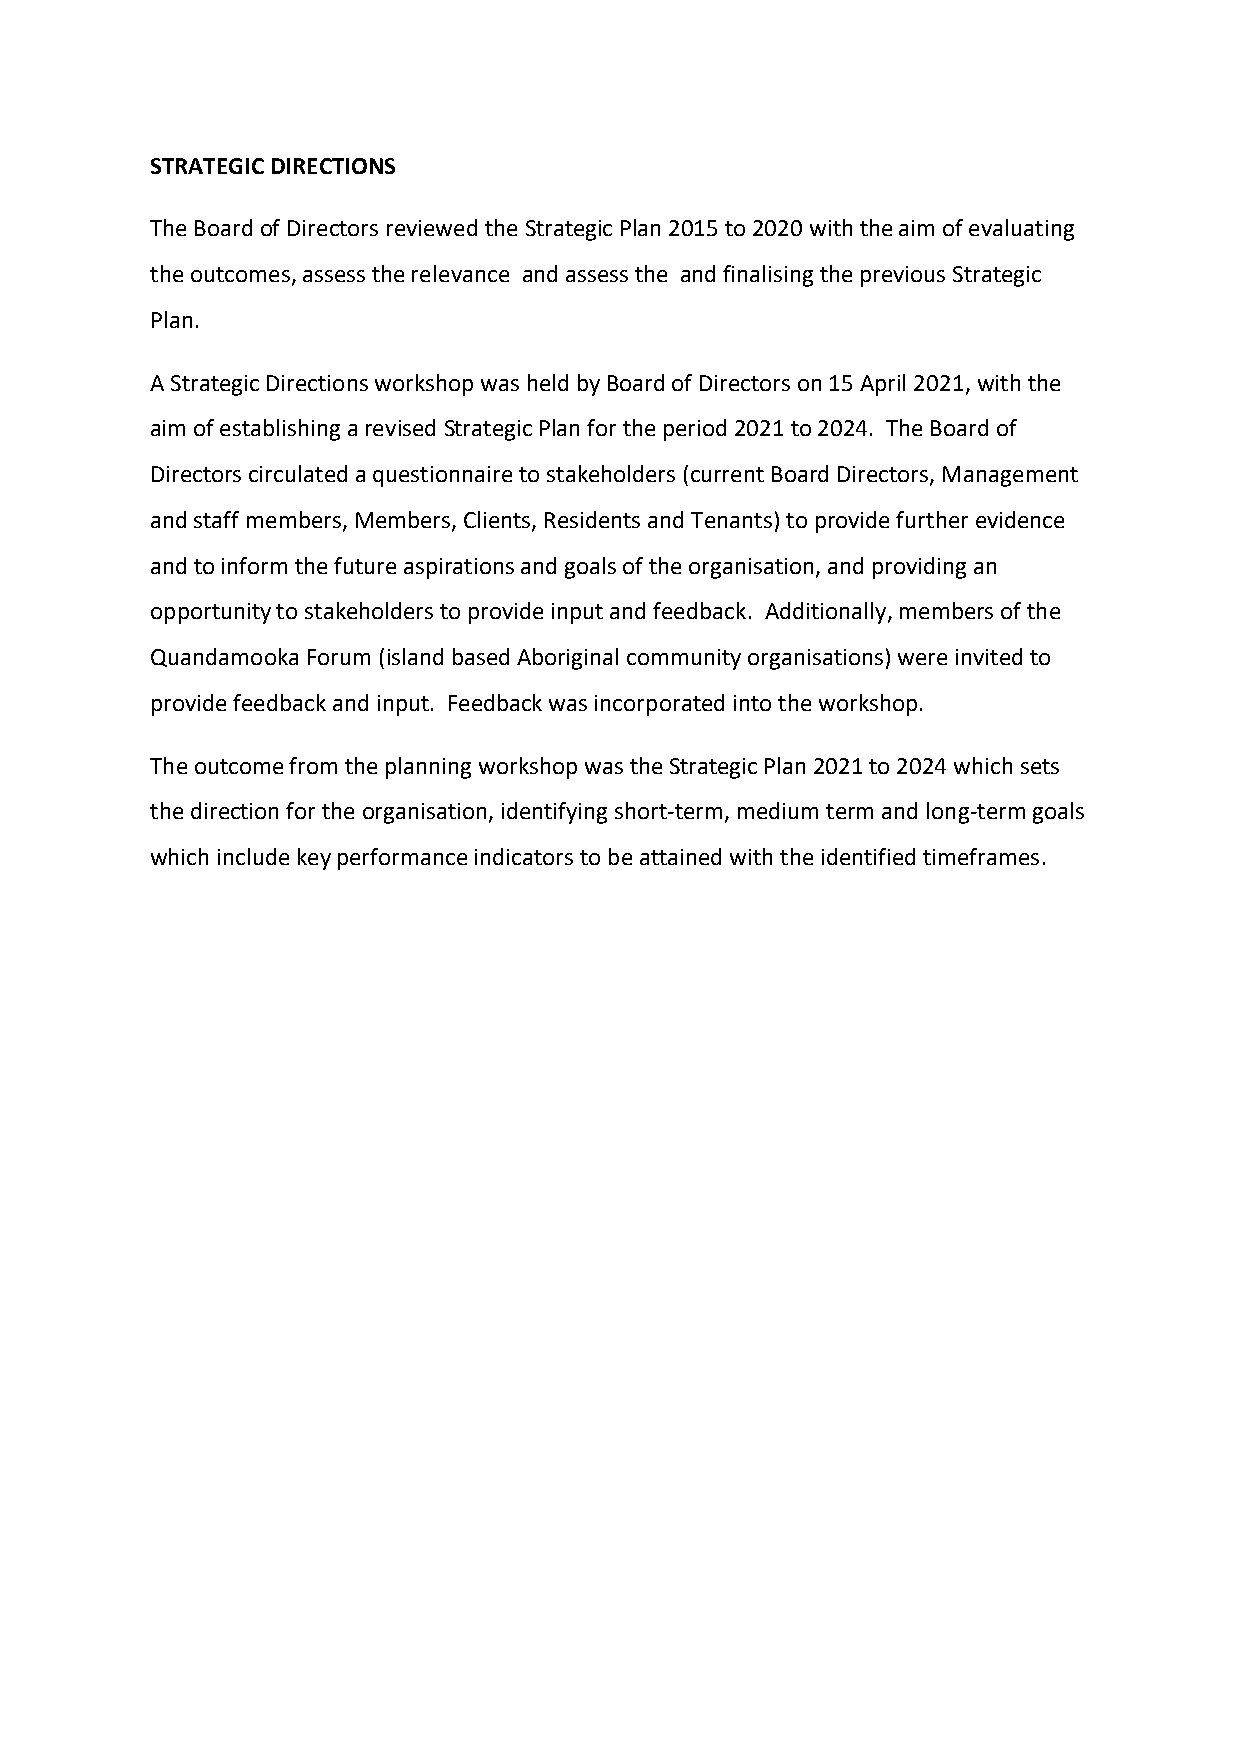
STRATEGIC DIRECTIONS
 The Board of Directors reviewed the Strategic Plan 2015 to 2020 with the aim of evaluating
 the outcomes, assess the relevance and assess the and finalising the previous Strategic
 Plan.
 A Strategic Directions workshop was held by Board of Directors on 15 April 2021, with the
 aim of establishing a revised Strategic Plan for the period 2021 to 2024. The Board of
 Directors circulated a questionnaire to stakeholders (current Board Directors, Management
 and staff members, Members, Clients, Residents and Tenants) to provide further evidence
 and to inform the future aspirations and goals of the organisation, and providing an
 opportunity to stakeholders to provide input and feedback. Additionally, members of the
 Quandamooka Forum (island based Aboriginal community organisations) were invited to
 provide feedback and input. Feedback was incorporated into the workshop.
 The outcome from the planning workshop was the Strategic Plan 2021 to 2024 which sets
 the direction for the organisation, identifying short-term, medium term and long-term goals
 which include key performance indicators to be attained with the identified timeframes.